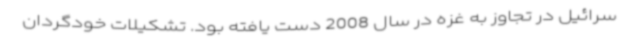
سرائیل در تجاوز به غزه در سال 2008 دست یافته بود. تشکیلات خودگردان